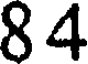
84